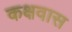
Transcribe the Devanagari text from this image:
कक्षवास